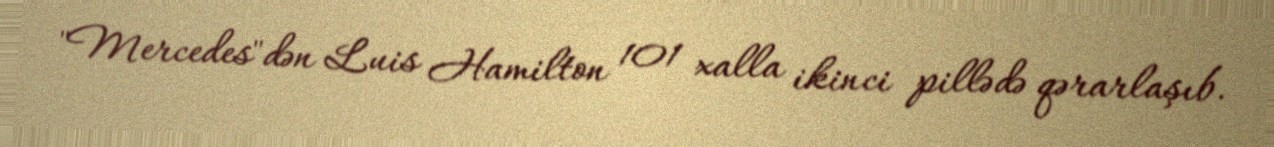
"Mercedes"dən Luis Hamilton 101 xalla ikinci pillədə qərarlaşıb.